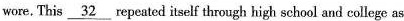
wore. This \underline{32} repeated itself through high school and college as